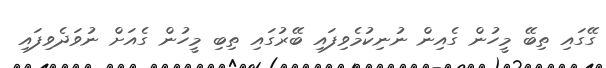
ގޭގައި ތިބޭ މީހުން ގެއިން ނުނިކުމެވިފައި ބޭރުގައި ތިބި މީހުން ގެއަށް ނުވަދެވިފައި